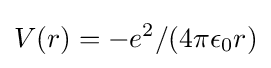
V(r)=-e^{2}/(4\pi \epsilon _{0}r)